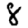
Digit: 8